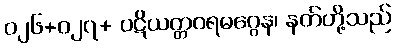
၀၂၆+၀၂၇+ ပဋိယတ္တဝရမဂ္ဂေန၊ နတ်တို့သည်